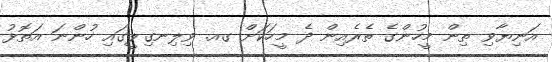
އަނިޔާވި ތިން މީހުންގެ ތެރެއިން ދެ މީހަކަށް ގއ. ވިލިނގިލީގައި ހުންނަ އަތޮޅު